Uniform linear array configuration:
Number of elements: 32
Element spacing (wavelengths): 0.5
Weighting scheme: hann
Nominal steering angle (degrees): -60
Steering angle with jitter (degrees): -58.392
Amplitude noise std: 0.05
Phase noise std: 0.05

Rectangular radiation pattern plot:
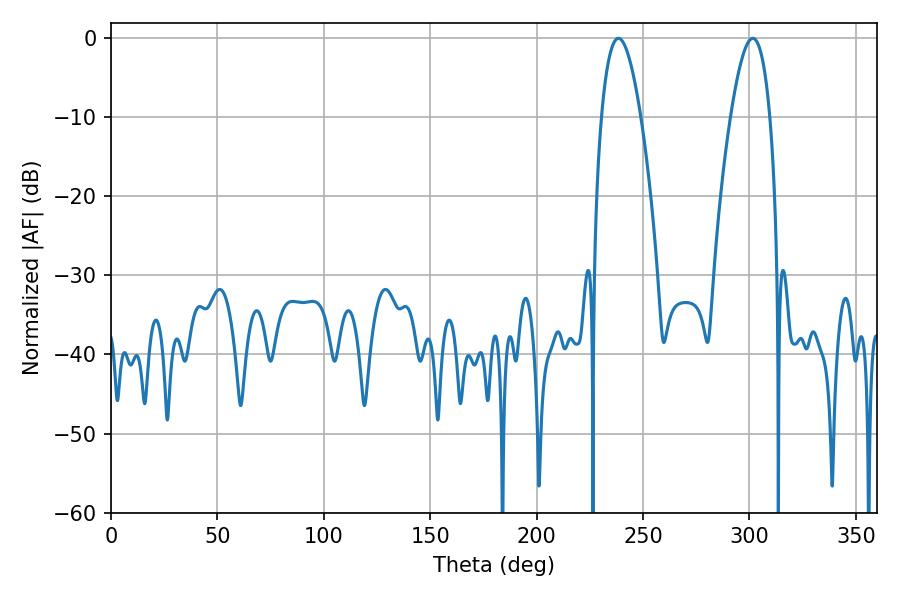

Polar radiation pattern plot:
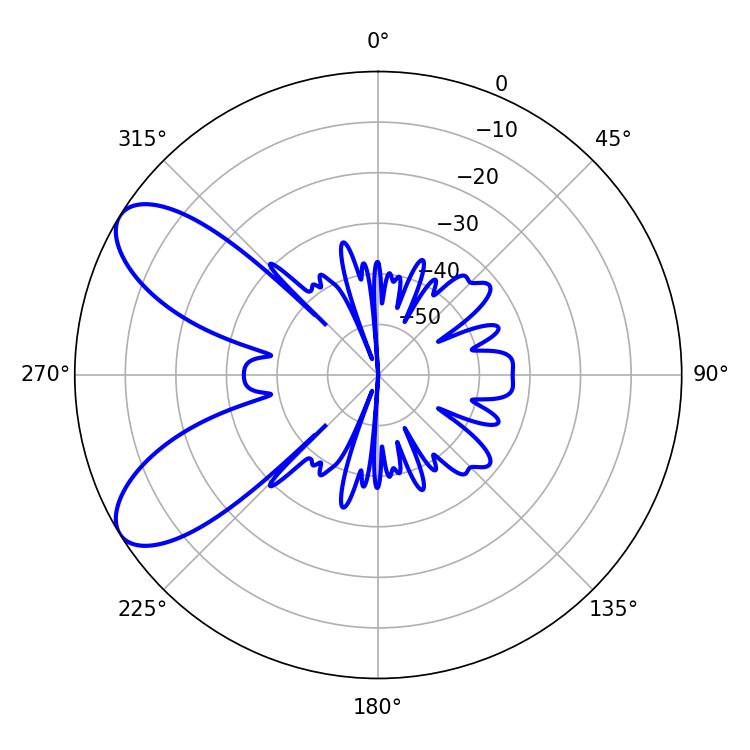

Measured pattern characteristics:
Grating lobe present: FALSE
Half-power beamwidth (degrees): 10.08
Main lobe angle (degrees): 301.5